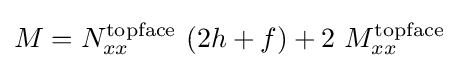
M=N_{xx}^{\mathrm {topface} }~(2h+f)+2~M_{xx}^{\mathrm {topface} }